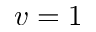
v = 1